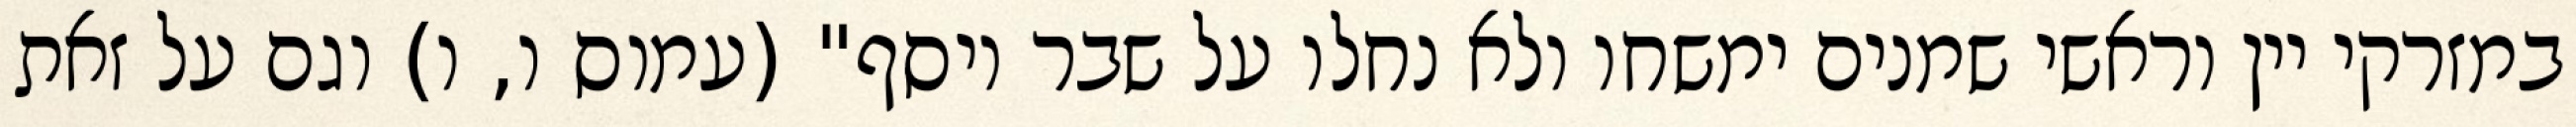
במזרקי יין וראשי‏ שמנים ימשחו ולא נחלו על שבר יוסף" (עמוס ו, ו) וגם על זאת